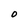
Character: O